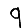
Digit: 9